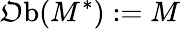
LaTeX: \operatorname{\mathfrak{O}b}(M^{*}):=M